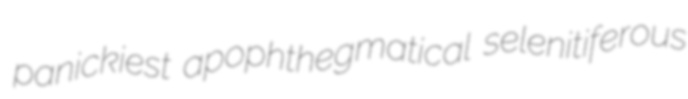
panickiest apophthegmatical selenitiferous